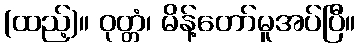
(ထည့်)။ ဝုတ္တံ၊ မိန့်တော်မူအပ်ပြီ။